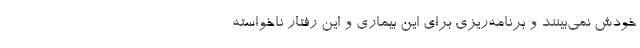
خودش نمی‌بینند و برنامه‌ریزی برای این بیماری و این رفتار ناخواسته